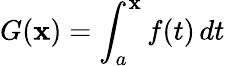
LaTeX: G(\mathbf{x})=\int_{a}^{\mathbf{x}}f(t)\, dt